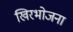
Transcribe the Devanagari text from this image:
खिरभोजना